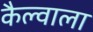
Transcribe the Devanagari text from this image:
कैल्वाला